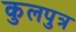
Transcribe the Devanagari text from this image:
कुलपुत्र